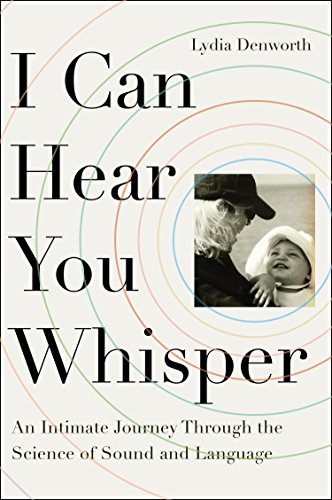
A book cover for I Can Hear You Whisper: An Intimate Journey Through the Science of Sound and Language; Lydia Denworth; Health, Fitness & Dieting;